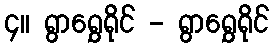
၄။ ရွာရွှေရိုင် - ရွာရွှေရိုင်